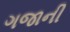
ગજાની